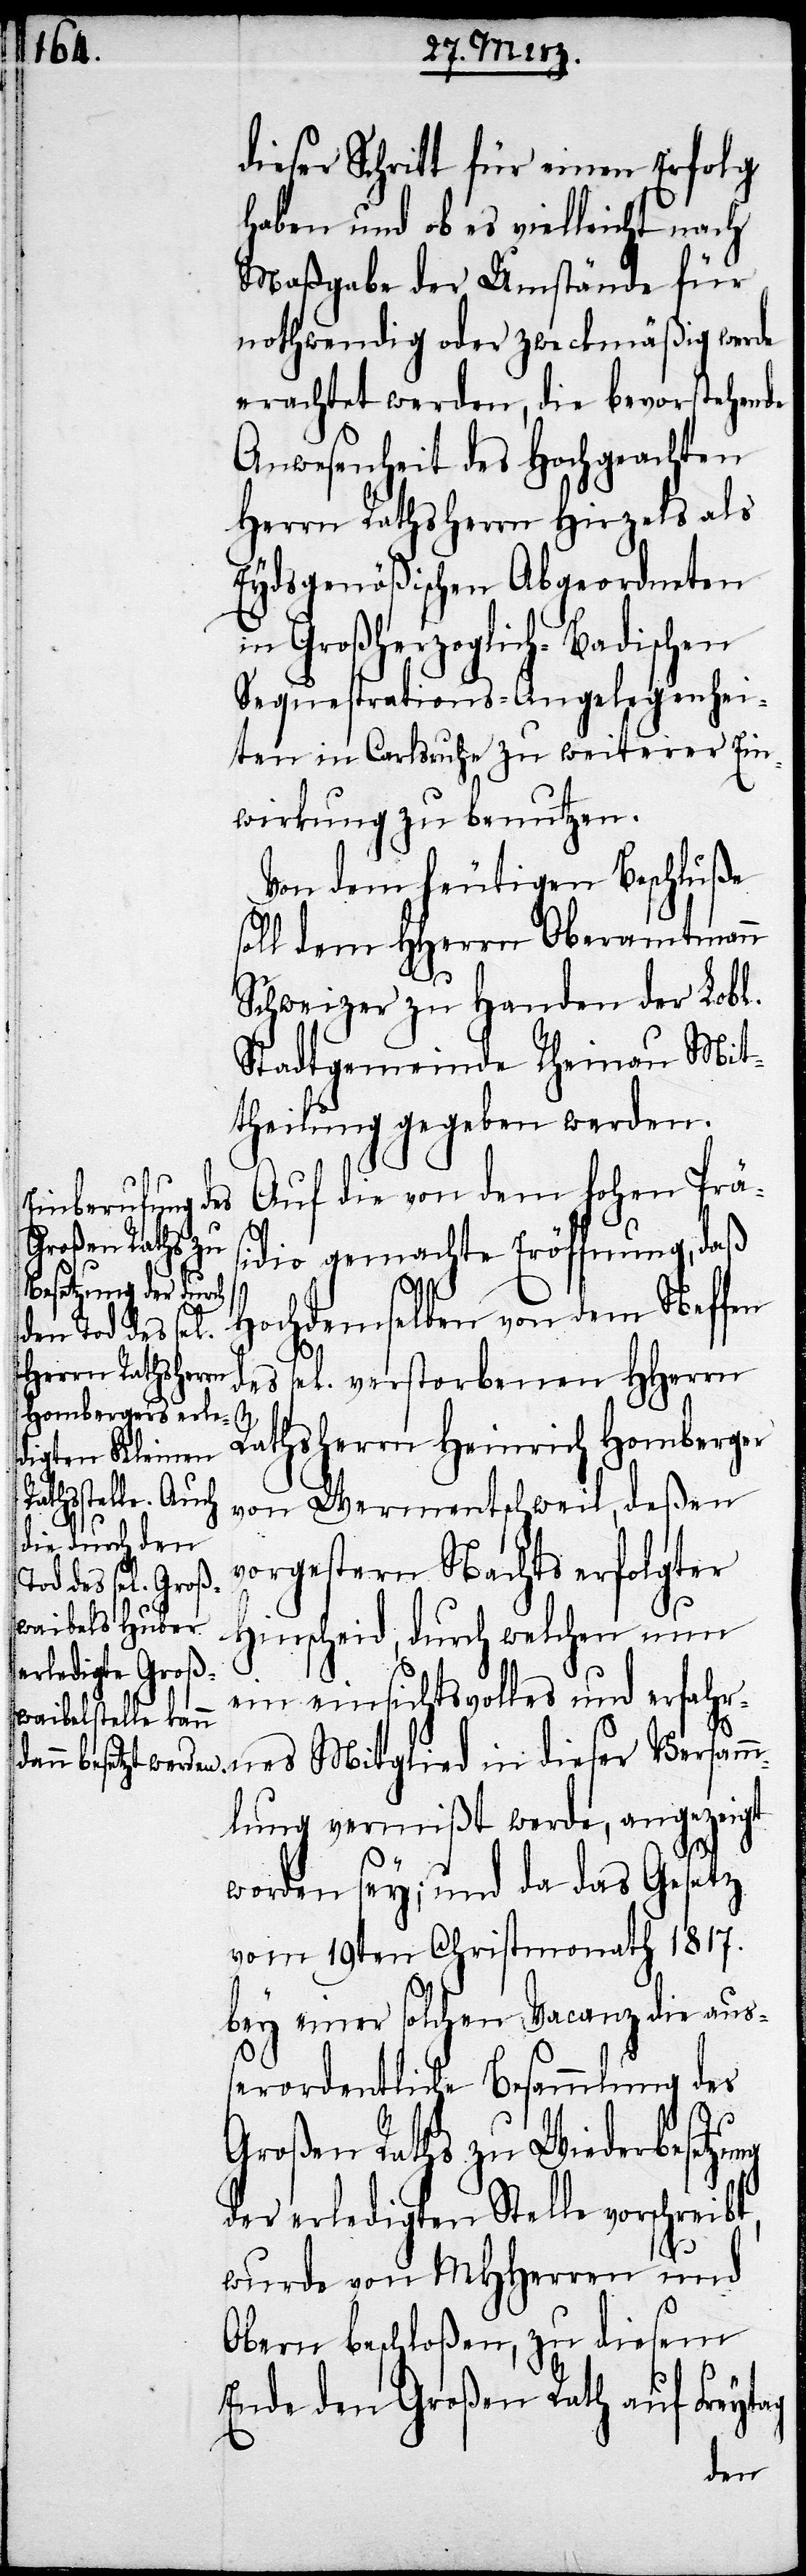
dieser Schritt für einen Erfolg
haben und ob es vielleicht nach
Maßgabe der Umstände für
nothwendig oder zweckmäßig werde
erachtet werden, die bevorstehende
Anwesenheit des Hochgeachten
Herrn Rathsherrn Hirzels als
Eydsgenößischen Abgeordneten
in Großherzoglich-Badischen
Sequestrations-Angelegenhei¬
ten in Carlsruhe zu weiterer Ein¬
wirkung zu benutzen.
Von dem heutigen Beschluße
soll dem HHerrn Oberamtmann
Schweizer zu Handen der Lobl.
Stadtgemeinde Rheinau Mit¬
theilung gegeben werden.
Auf die von dem hohen Präs¬
idio gemachte Eröffnung, daß
Hochdemselben von dem Neffen
des sel. verstorbenen HHerrn
ng
Rathsherrn Heinrich Homberger
von Wermentschweil, deßen
vorgestern Nachts erfolgter
Hinscheid, durch welchen nun
ein einsichtsvolles und erfahr¬
nes Mitglied in dieser Versamm¬
lung vermißt werde, angezeigt
worden sey; und da das Gesetz
vom 19ten Christmonath 1817.
bey einer solchen Vacanz die aus¬
serordentliche Besammlung des
Großen Raths zu Wiederbesetzu¬
der erledigten Stelle vorschreibt,
wurde von MHHerren und
Obern beschloßen, zu diesem
Ende den Großen Rath auf Freytag